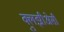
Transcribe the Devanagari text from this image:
क्लुझीअेसी